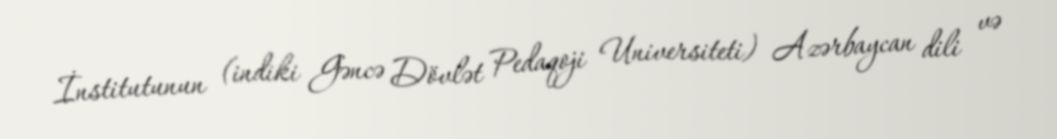
İnstitutunun (indiki Gəncə Dövlət Pedaqoji Universiteti) Azərbaycan dili və